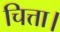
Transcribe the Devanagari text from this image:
चित्ता।